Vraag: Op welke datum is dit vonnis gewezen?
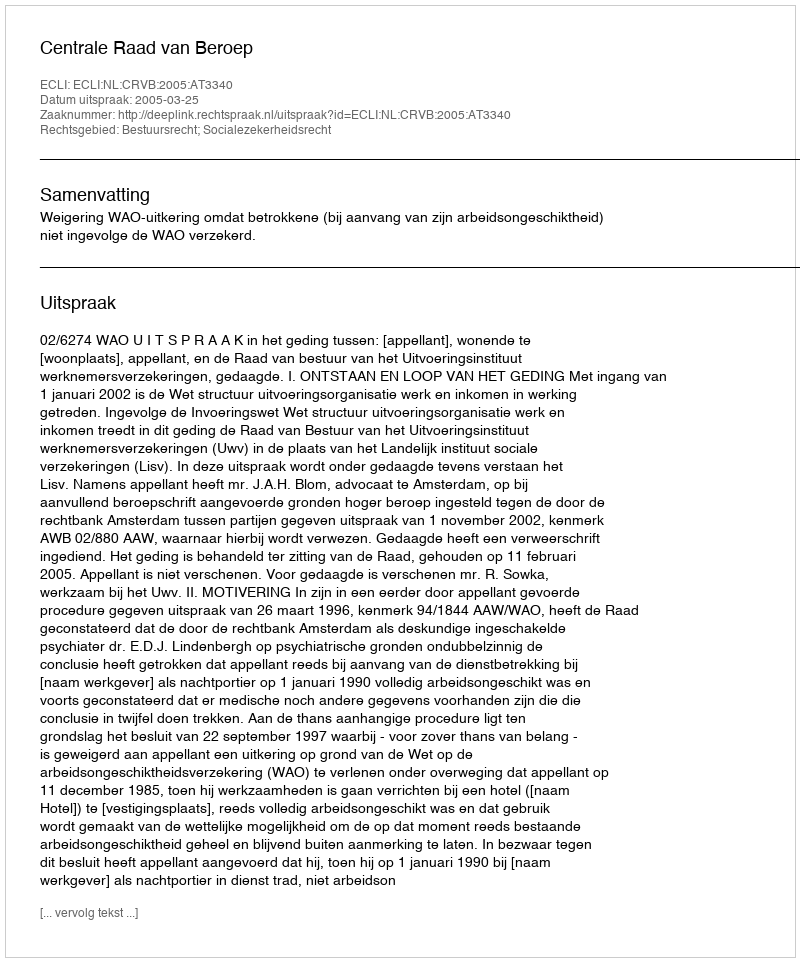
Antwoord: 2005-03-25